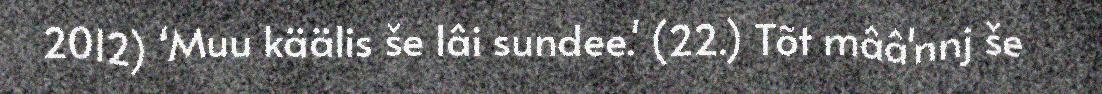
2012) ‘Muu käälis še lâi sundee.' (22.) Tõt mââ'nnj še